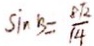
\sin B = \frac { 8 \sqrt { 2 } } { 1 4 }